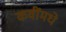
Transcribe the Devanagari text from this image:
कवींमधे